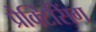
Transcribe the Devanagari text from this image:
प्रैक्टिसिंग